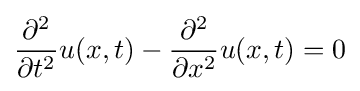
{\frac {\partial ^{2}}{\partial t^{2}}}u(x,t)-{\frac {\partial ^{2}}{\partial x^{2}}}u(x,t)=0